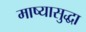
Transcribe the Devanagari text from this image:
माष्यासुद्धा